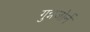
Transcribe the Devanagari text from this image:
गुन्नजोर्न